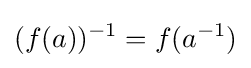
(f(a))^{-1}=f(a^{-1})